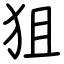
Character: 狙